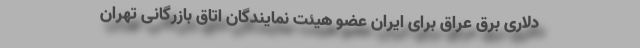
دلاری برق عراق برای ایران عضو هیئت نمایندگان اتاق بازرگانی تهران